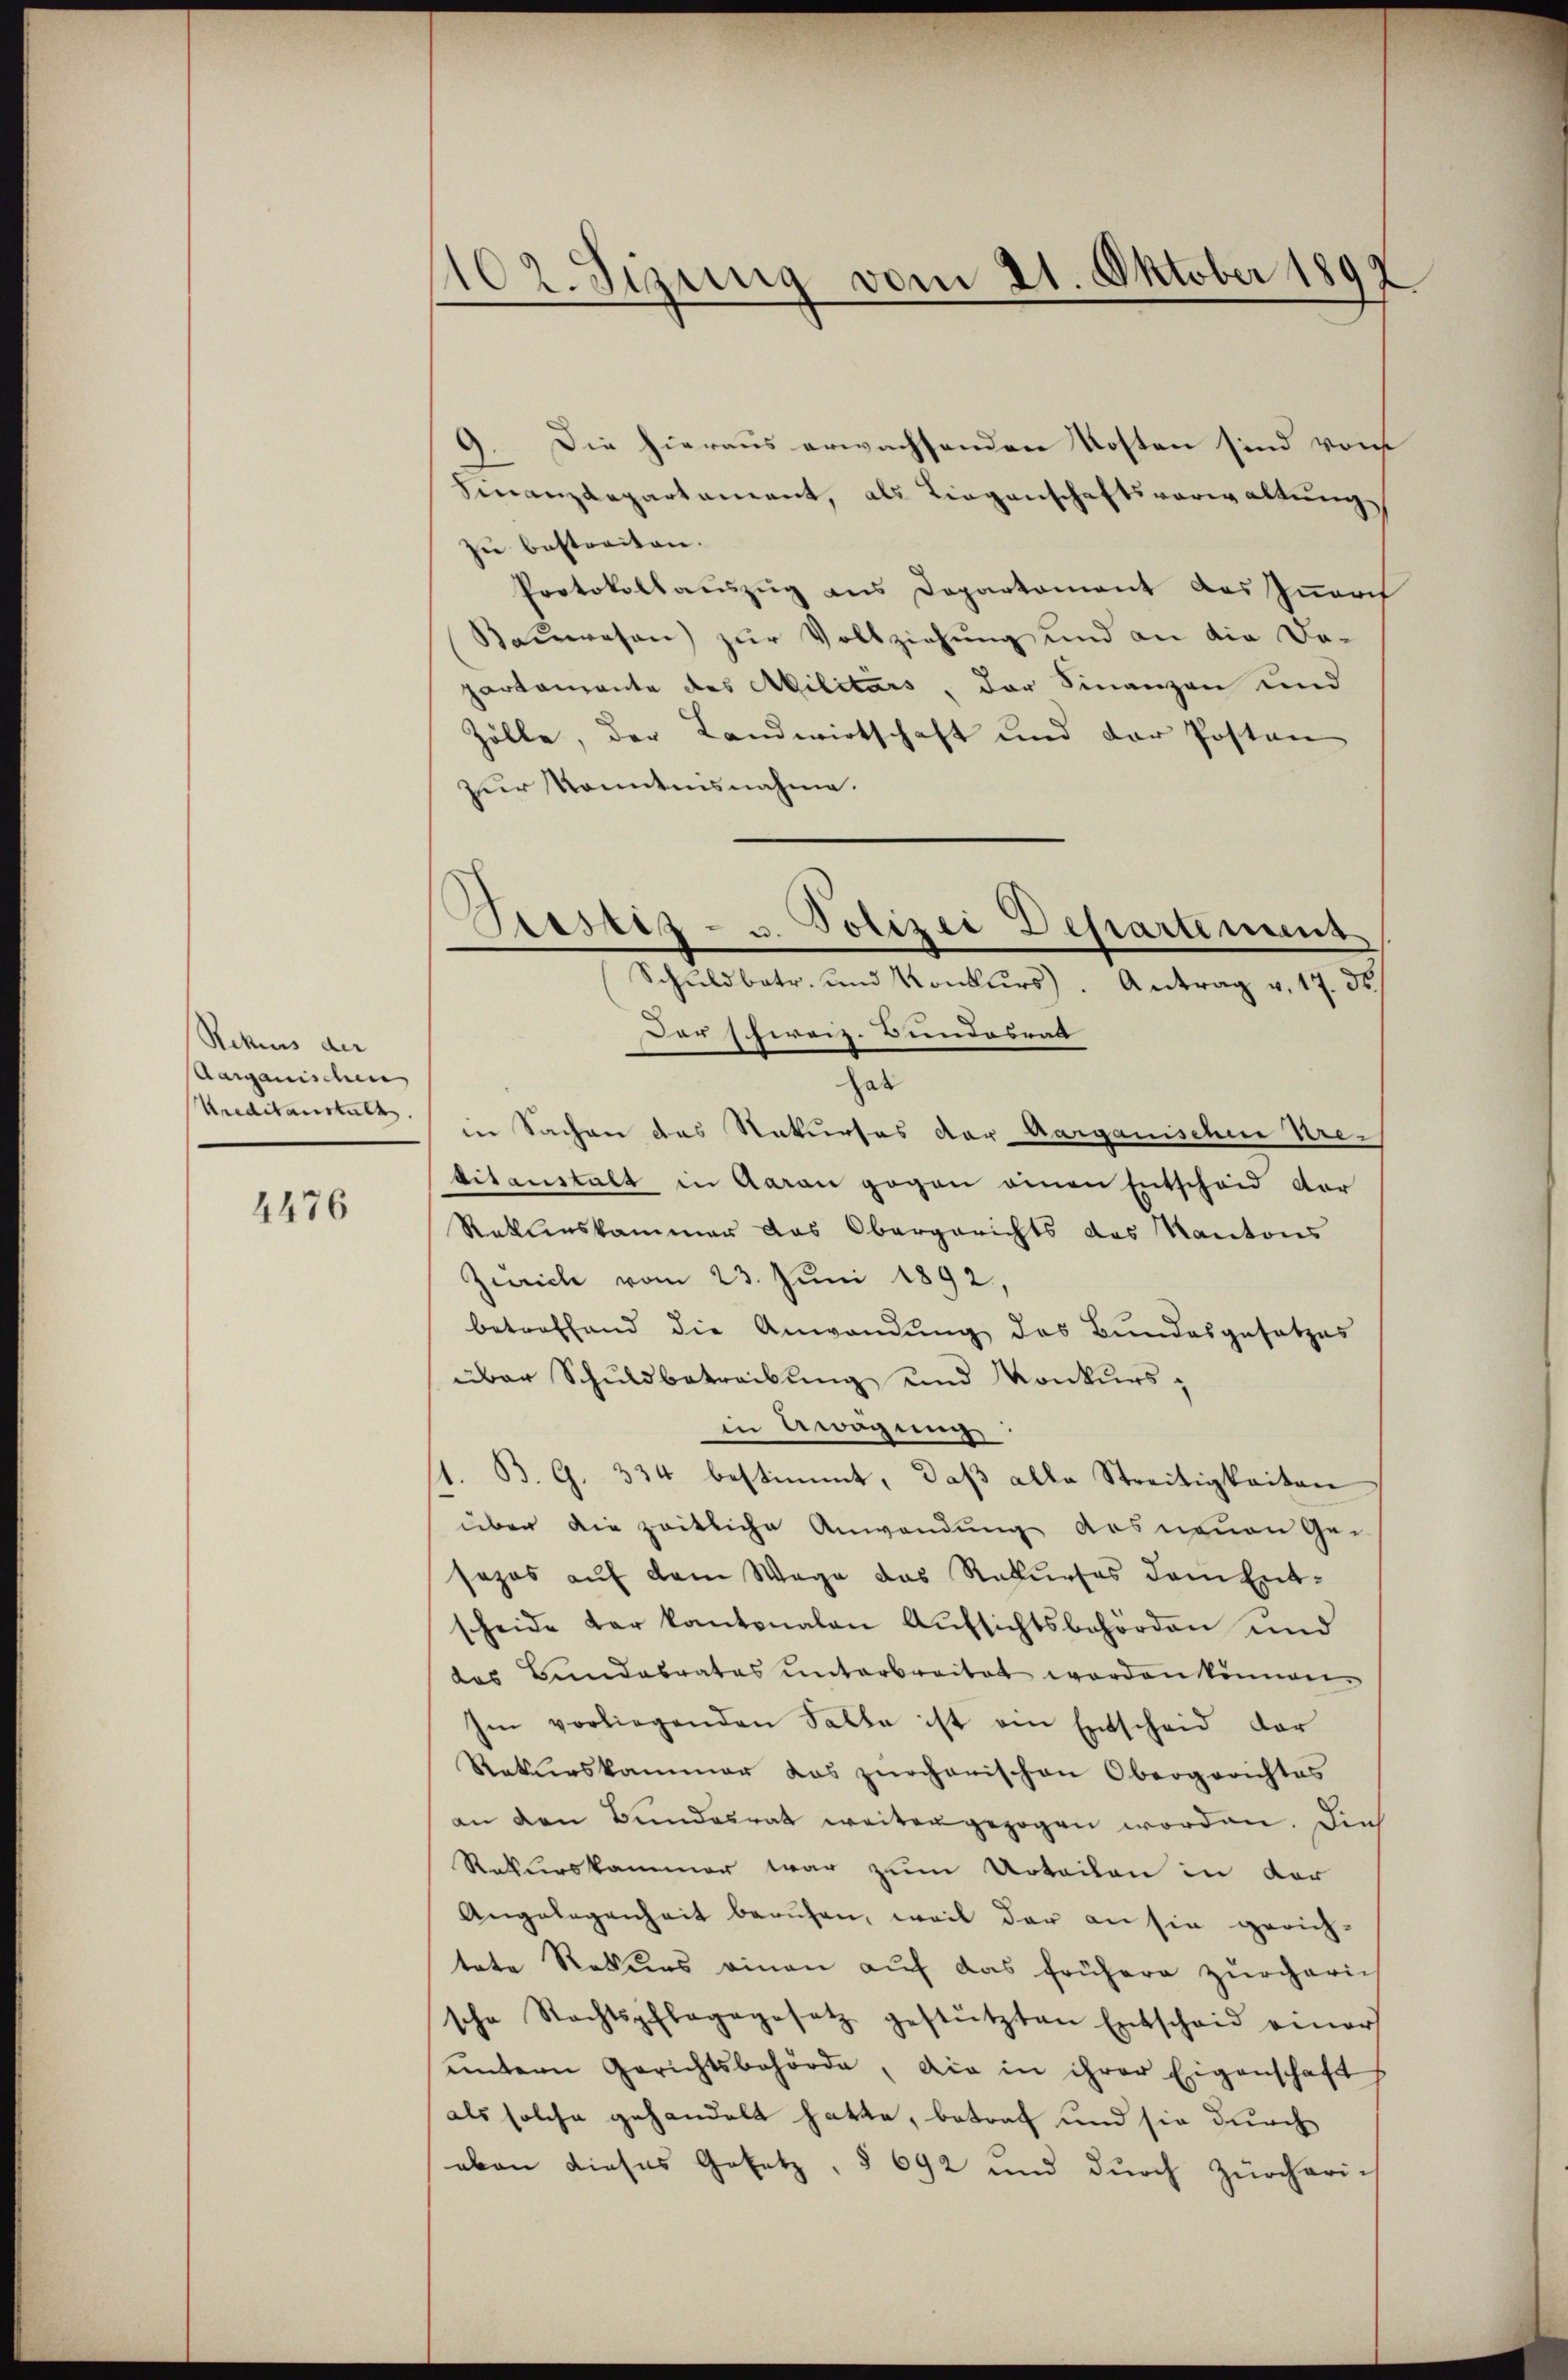
Rekurs der
Aarganischen
Ureditanstalt

4476

102. Sizung vom 21. Oktober 1892

9. Die hieraus erwachsenden Kosten sind von
Finanzdepartament, als Liegenschaftsverwaltung
zŭ bestreiten.
Protokollauszug aus Departement das Innoch
Kaŭwesen zŭr Vollziehung und an die Da-
partemente des Militärs, der Finanzen und
Zölle, der Landwirtschaft und der Posten
zur konntensnahme.
Der Schweiz. Bundesrat
hab
in Sachen das Rekurses der Aarganischen Kretitanstalt in Aaran gegen einen Entscheid der
Ratloskammer das Obergerichts das Kantons
Zürich vom 23. Juni 1892,
betreffend die Anwendung des Bundesgesetzes
über Schuldbetreibung und Konkursin Awägung
B. G. 334 bestimmt, daß alle Streitigkeiten
über die zeitliche Anwendung des neuen Ge-
sozas auf dem Wege das Rekurses dem Entscheide der kantonalen Aŭfsichtsbehörden und
das Bandabrates ŭnterbreitet worden können.
Im vorliegenden Falle ist am Entscheid der
Rekurskammer das zürchanischen Obergerichtes
an den Bundesrat weiter gezogen worden. Die
Rekurskammer war zum Urteilen in der
Angelegenheit beruhen, weil der an sie gerich-
tete Rekurs einen aŭf das frühere zürcheri
sche Rechtspflagegesetz gestützten Entscheid einer
untern Gerichtsbehörde, die in ihrer Eigenschaft
als solche gehandelt hatte, betraf und sie durch
eben dieses Gesetz, § 692 und durch Zürcheri-

Sistiz- u. Polizei Departement
Schuldbetr. und Konkŭrs). Antrag v. 17. ds.